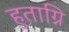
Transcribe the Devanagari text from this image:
हुताग्नि